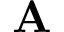
\textbf { A }